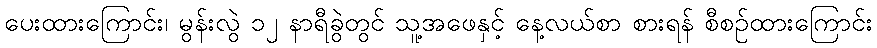
ပေးထားကြောင်း၊ မွန်းလွဲ ၁၂ နာရီခွဲတွင် သူ့အဖေနှင့် နေ့လယ်စာ စားရန် စီစဉ်ထားကြောင်း